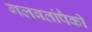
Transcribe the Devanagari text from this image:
गलबतांपैकी